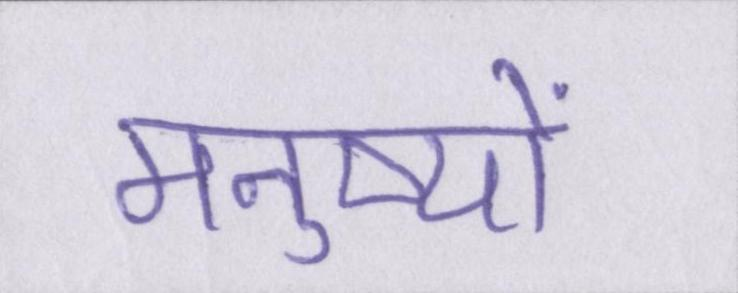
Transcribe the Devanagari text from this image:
मनुष्यों